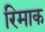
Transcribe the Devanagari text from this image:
रिमाक